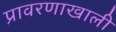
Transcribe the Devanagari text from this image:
प्रावरणाखाली